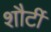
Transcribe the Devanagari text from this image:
शौर्टी